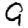
Digit: 9